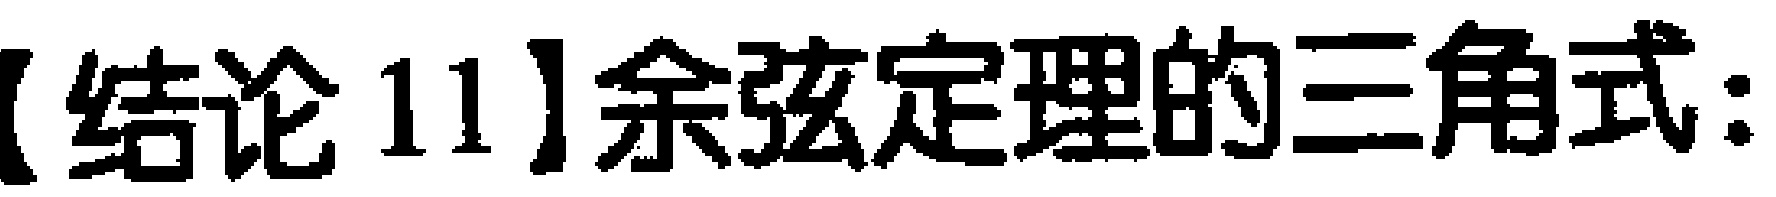
【结论 11】余弦定理的三角式: